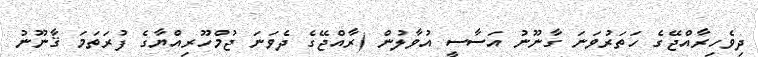
ދިވެހިރާއްޖޭގެ ހަތަރުވަނަ ގާނޫނު އަސާސީ އުވާލުން (ރާއްޖޭގެ ދެވަނަ ޖުމްހޫރިއްޔާގެ ފުރަތަމަ ޤާނޫނު